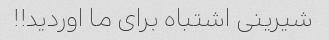
شیرینی اشتباه برای ما اوردید!!